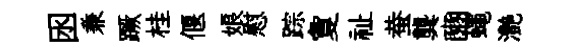
囦兼蹶桂偃娘慰踪夐祉蛬龔豳蠅灧